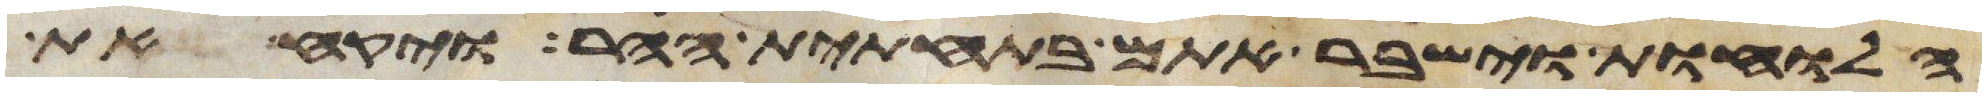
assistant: הלוחות וישבר אתם בתחתית ההר ויקח את